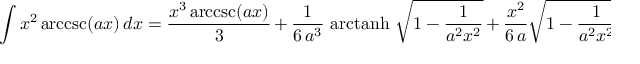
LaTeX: \int x ^ { 2 } \operatorname { a r c c s c } ( a x ) \, d x = { \frac { x ^ { 3 } \operatorname { a r c c s c } ( a x ) } { 3 } } \, + \, { \frac { 1 } { 6 \, a ^ { 3 } } } \, \operatorname { a r c t a n h } \, { \sqrt { 1 - { \frac { 1 } { a ^ { 2 } x ^ { 2 } } } } } \, + \, { \frac { x ^ { 2 } } { 6 \, a } } { \sqrt { 1 - { \frac { 1 } { a ^ { 2 } x ^ { 2 } } } } } \, + \, C